Annual administration and progress report of the Indian Medical Department, Bombay
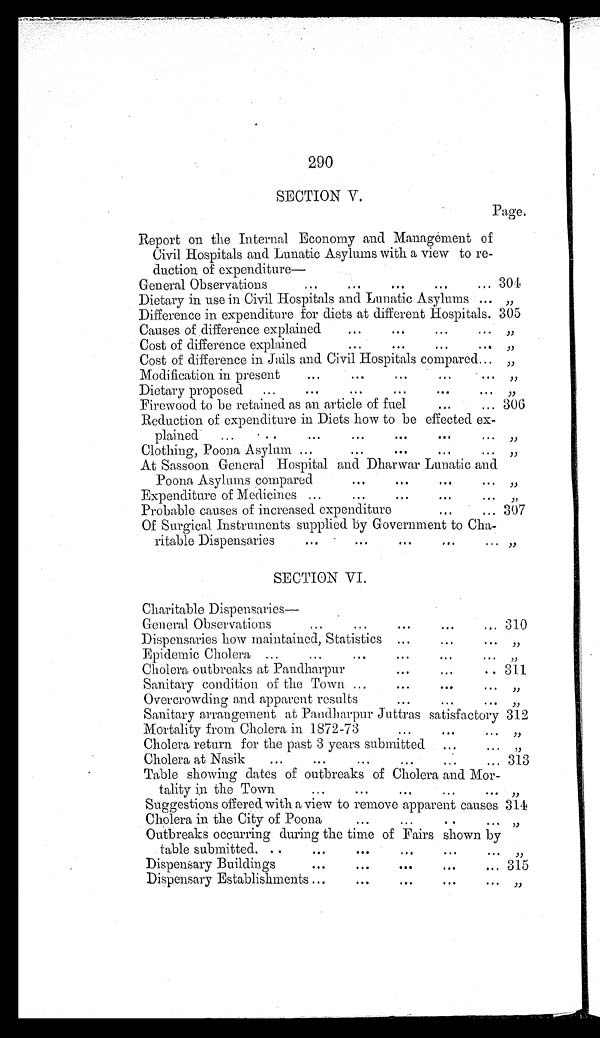
290
SECTION V.
Page.
Report on the Internal Economy and Management of
Civil Hospitals and Lunatic Asylums with a view to re
-
duction of expenditure—
General Observations . . . 304
Dietary in use in Civil Hospitals and Lunatic Asylums . . .
"
Difference in expenditure for diets at different Hospitals . . . 305
Causes of difference explained . . .
"
Cost of difference explained . . .
"
Cost of difference in Jails and Civil Hospitals compared . . .
"
Modification in present . . .
"
Dietary proposed . . .
"
Firewood to be retained as an article of fuel . . . 306
Reduction of expenditure in Diets how to be effected ex -
plained
.
.
.
"
Clothing, Poona Asylum . . .
"
At Sassoon General Hospital and Dharwar Lunatic and
Poona Asylums compared . . .
"
Expenditure of Medicines . . .
"
Probable causes of increased expenditure . . . 307
Of Surgical Instruments supplied by Government to Cha -
ritable Dispensaries . . .
"
S E C T I O N V I .
Charitable Dispensaries—
General Observations . . . 310
Dispensaries how maintained, Statistics . . .
"
Epidemic Cholera . . .
"
Cholera outbreaks at Pandharpur . . . 311
Sanitary condition of the Town . . .
"
Overcrowding and apparent result . . .
"
Sanitary arrangement at Pandharpur juttras satisfactory . . . 312
Mortality from Cholera in 1872-73 . . .
"
Cholera return for the past 3 years submitted . . .
"
Cholera at Nasik . . . 313
Table showing dates of outbreaks of Cholera and Mor -
tality in the Town . . .
"
Suggestions offered with a view to remove apparent causes 314
Cholera in the City of Poona . . .
"
Outbreaks occurring during the time of Fairs shown by
table submitted . . .
"
Dispensary Buildings . . . 315
Dispensary Establishments . . .
"